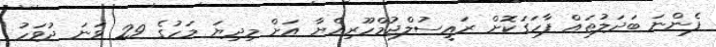
ފެންނަ ބަދަލުތައް ފާހަގަކޮށް ރައީސުލްޖުމްހޫރިއްޔާ އަށް މިދިޔަ މަހުގެ 29 ވަނަ ދުވަހު